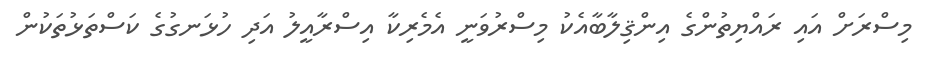
މިސްރަށް އައި ރައްޔިތުންގެ އިންޤިލާބާއެކު މިސްރުވަނީ އެމެރިކާ އިސްރާއީލު އަދި ހުޅަނގުގެ ކަސްތަޅުތަކުން